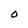
Character: 0